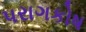
પરાગકોષ